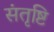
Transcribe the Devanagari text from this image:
संतृष्टि